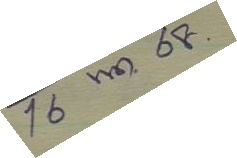
16 พ.ค. 68